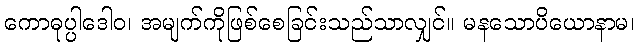
ကောဓုပ္ပါဒေါဝ၊ အမျက်ကိုဖြစ်စေခြင်းသည်သာလျှင်။ မနသောပိယောနာမ၊